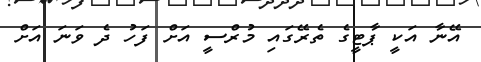
އޭނާ އަކީ ޕާޓީގެ ތެރޭގައި މުރްސީ އަށް ފަހު ދެ ވަނަ އަށް